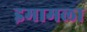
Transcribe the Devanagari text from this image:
इमामला